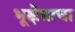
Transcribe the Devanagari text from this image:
भूक्षेत्राचा